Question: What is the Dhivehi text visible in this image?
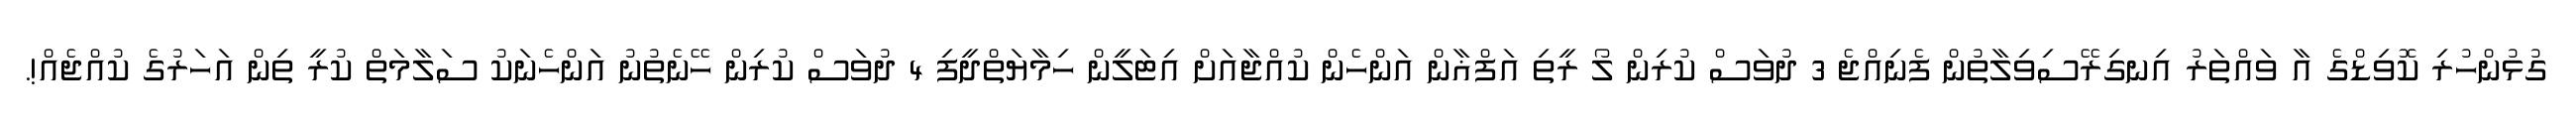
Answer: ގުޅުންހުރި ކޮވިޑްގެ އާ ވައްތަރު އިނގިރޭސިވިލާތުން ފެނިއްޖެ 3 ދުވަސް ކުރިން ލޯ ރީތި އަފްޣާން އަންހެން ކުއްޖާއަށް އިޓަލީން ހިމާޔަތްދީފި 4 ދުވަސް ކުރިން ހޭނެތުނު އަންހެނަކު ސަލާމަތް ކުރީ ތިން އަހަރުގެ ކުއްޖެއް!.